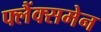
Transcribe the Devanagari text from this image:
फ्लैंक्समेन